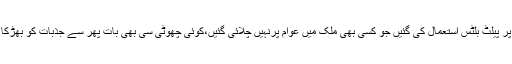
کشمیریوں پر پیلٹ بلٹس استعمال کی گئیں جو کسی بھی ملک میں عوام پرنہیں چلائی گئیں،کوئی چھوٹی سی بھی بات پھر سے جذبات کو بھڑکا سکتی ہے۔